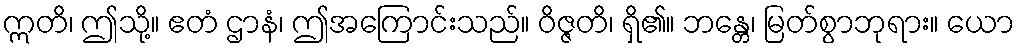
ဣတိ၊ ဤသို့။ ဧတံ ဌာနံ၊ ဤအကြောင်းသည်။ ဝိဇ္ဇတိ၊ ရှိ၏။ ဘန္တေ၊ မြတ်စွာဘုရား။ ယော